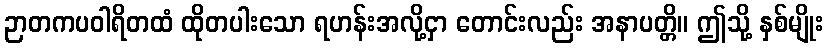
ဉာတကပဝါရိတထံ ထိုတပါးသော ရဟန်းအလို့ငှာ တောင်းလည်း အနာပတ္တိ။ ဤသို့ နှစ်မျိုး